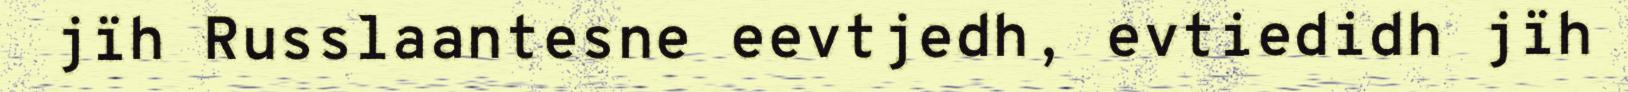
jïh Russlaantesne eevtjedh, evtiedidh jïh